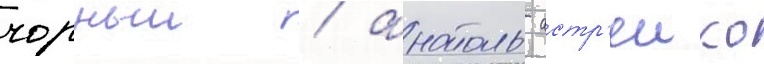
чорныи / анатоль астр'еико